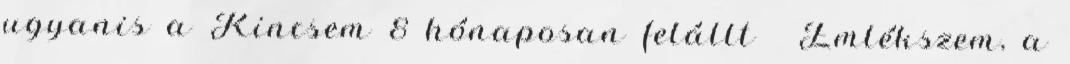
ugyanis a Kincsem 8 hónaposan felállt 😍 Emlékszem, a